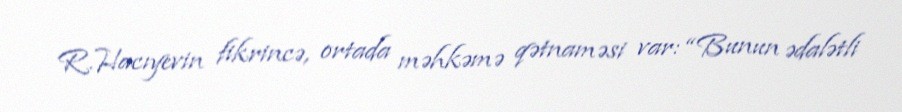
R.Hacıyevin fikrincə, ortada məhkəmə qətnaməsi var: “Bunun ədalətli